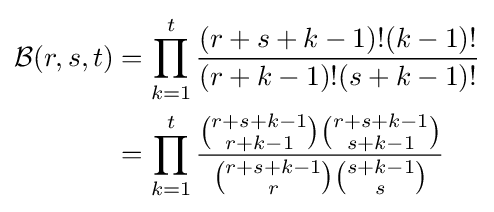
{\begin{aligned}{\mathcal {B}}(r,s,t)&=\prod _{k=1}^{t}{\frac {(r+s+k-1)!(k-1)!}{(r+k-1)!(s+k-1)!}}\\&=\prod _{k=1}^{t}{\frac {{\binom {r+s+k-1}{r+k-1}}{\binom {r+s+k-1}{s+k-1}}}{{\binom {r+s+k-1}{r}}{\binom {s+k-1}{s}}}}\end{aligned}}